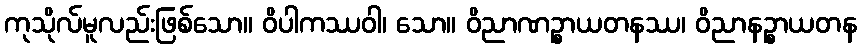
ကုသိုလ်မူလည်းဖြစ်သော။ ဝိပါကဿဝါ၊ သော။ ဝိညာဏဉ္စာယတနဿ၊ ဝိညာနဉ္စာယတန